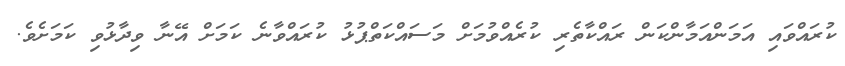
ކުރައްވައި އަމަންއަމާންކަން ރައްކާތެރި ކުރެއްވުމަށް މަސައްކަތްޕުޅު ކުރައްވާނެ ކަމަށް އޭނާ ވިދާޅުވި ކަމަށެވެ.